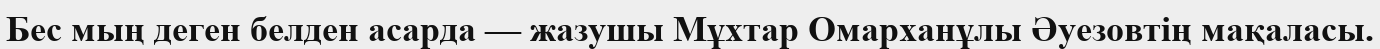
Бес мың деген белден асарда — жазушы Мұхтар Омарханұлы Әуезовтің мақаласы.